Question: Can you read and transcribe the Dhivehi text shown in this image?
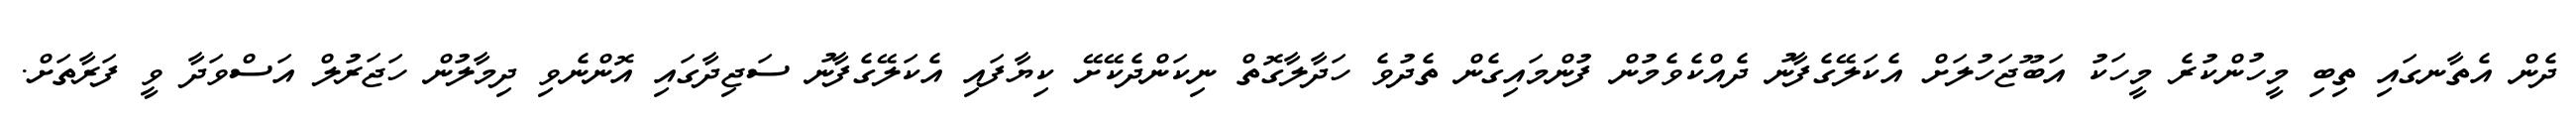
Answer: ދެން އެތާނގައި ތިބި މީހުންކުރެ މީހަކު އަބޫޖަހުލަށް އެކަލޭގެފާނު ދެއްކެވެމުން ފުންމައިގެން ތެދުވެ ހަދާލާގޮތް ނިކަންދެކޭށޭ ކިޔާފައި އެކަލޭގެފާނު ސަޖިދާގައި އޮންނެވި ދިމާލުން ހަޖަރުލް އަސްވަދާ ވީ ފަރާތަށް.